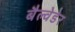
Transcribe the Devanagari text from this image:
बैल्वेडेर